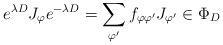
LaTeX: \begin{align*}e^{\lambda D}J_{\varphi }e^{-\lambda D}=\sum_{\varphi ^{\prime }}f_{\varphi\varphi ^{\prime }}J_{\varphi ^{\prime }}\in \Phi _{D} \end{align*}